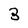
Character: 3